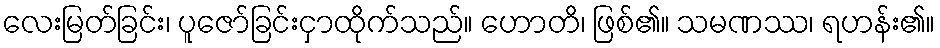
လေးမြတ်ခြင်း၊ ပူဇော်ခြင်းငှာထိုက်သည်။ ဟောတိ၊ ဖြစ်၏။ သမဏဿ၊ ရဟန်း၏။